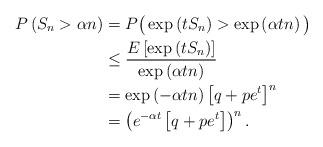
LaTeX: \begin{align*} P\left(S_{n}>\alpha n\right)& = P\big(\exp\left(tS_{n}\right)>\exp\left(\alpha tn\right)\big) \\& \le \frac{E\left[\exp\left(tS_{n}\right)\right]}{\exp\left(\alpha tn\right)} \\& = \exp\left(-\alpha tn\right)\left[q+pe^t\right]^{n} \\& = \left(e^{-\alpha t}\left[q+pe^t\right]\right)^{n} .\end{align*}